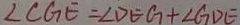
\angle C G E = \angle D E G + \angle G D E